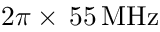
2 \pi \times \, 5 5 \, \mathrm { M H z }